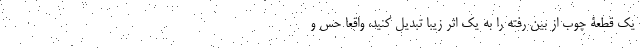
یک قطعۀ چوب از بین رفته را به یک اثر زیبا تبدیل کنید، واقعاً حس و